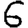
Digit: 6